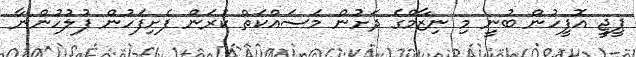
ޕީޖީ އޮފީހުން ބުނީ މި ނިޒާމްގެ ދަށުން މަސައްކަތް ކުރަން ފެށިފަހުން ފުލުހުންނާ